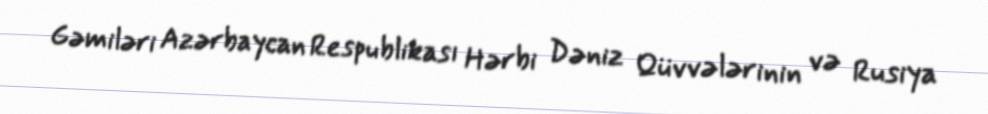
Gəmiləri Azərbaycan Respublikası Hərbi Dəniz Qüvvələrinin və Rusiya